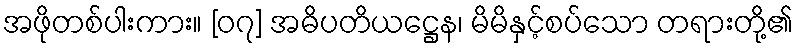
အဖိုတစ်ပါးကား။ [၀၇] အဓိပတိယဋ္ဌေန၊ မိမိနှင့်စပ်သော တရားတို့၏